Madras plague regulations and rules - Volume 1
Disease focus: Plague
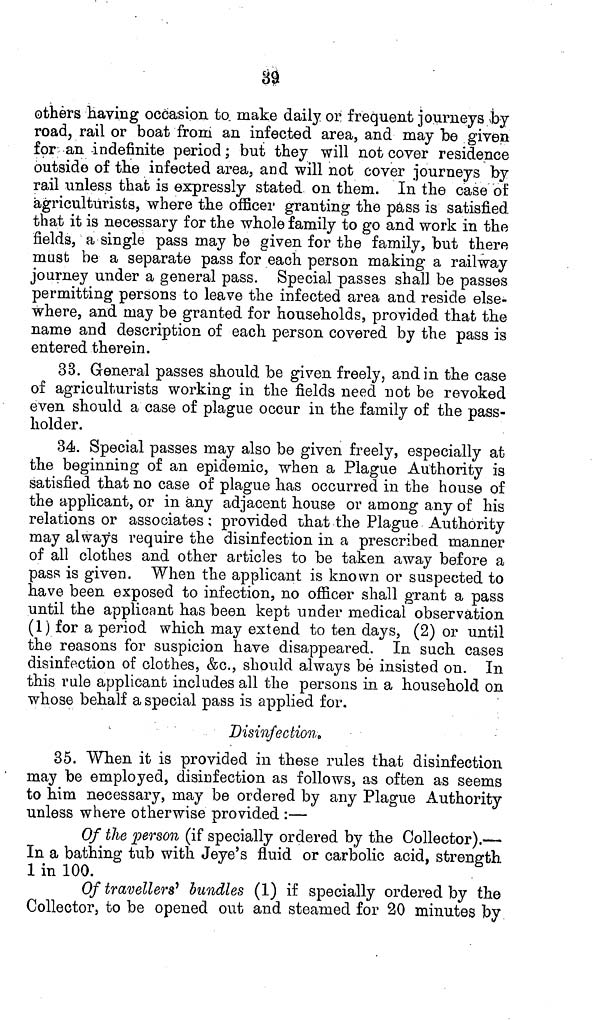
89
others having occasion to. make daily or, frequent journeys by
road, rail or boat from an infected area, and may be given
for an indefinite period; but they will not cover residence
outside of the infected area, and will not cover journeys by
rail unless that is expressly stated on them. In the case of
agriculturists, where the officer granting the pass is satisfied
that it is necessary for the whole family to go and work in the
fields, a single pass may be given for the family, but there
must be a separate pass for each person making a railway
journey under a general pass. Special passes shall be passes
permitting persons to leave the infected area and reside else-
where, and may be granted for households, provided that the
name and description of each person covered by the pass is
entered therein.
33. General passes should be given freely, and in the case
of agriculturists working in the fields need not be revoked
even should a case of plague occur in the family of the pass-
holder.
34. Special passes may also be given freely, especially at
the beginning of an epidemic, when a Plague Authority is
satisfied that no case of plague has occurred in the house of
the applicant, or in any adjacent house or among any of his
relations or associates; provided that the Plague Authority
may always require the disinfection in a prescribed manner
of all clothes and other articles to be taken away before a
pass is given. When the applicant is known or suspected to
have been exposed to infection, no officer shall grant a pass
until the applicant has been kept under medical observation
(1) for a period which may extend to ten days, (2) or until
the reasons for suspicion have disappeared. In such cases
disinfection of clothes, &c., should always be insisted on. In
this rule applicant includes all the persons in a household on
whose behalf a special pass is applied for.
Disinfection.
35. When it is provided in these rules that disinfection
may be employed, disinfection as follows, as often as seems
to him necessary, may be ordered by any Plague Authority
unless where otherwise provided :—
Of the person (if specially ordered by the Collector).—
In a bathing tub with Jeye's fluid or carbolic acid, strength
1 in 100.
Of travellers? bundles (1) if specially ordered by the
Collector, to be opened out and steamed for 20 minutes by